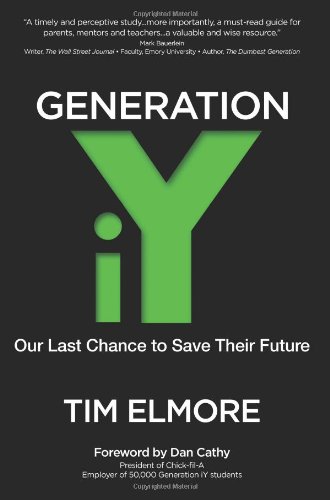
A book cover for Generation iY: Our Last Chance to Save Their Future; Tim Elmore; Parenting & Relationships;